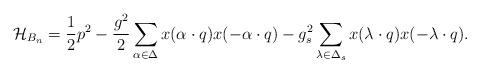
LaTeX: \begin{align*}{\cal H}_{B_n}={1\over2}p^2-{g^2\over2} \sum_{\alpha\in\Delta} x(\alpha\cdot q)x(-\alpha\cdot q)- {g_s^2}\sum_{\lambda\in\Delta_s} x(\lambda\cdot q)x(-\lambda\cdot q). \end{align*}